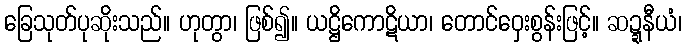
ခြေသုတ်ပုဆိုးသည်။ ဟုတွာ၊ ဖြစ်၍။ ယဋ္ဌိကောဋိယာ၊ တောင်ဝှေးစွန်းဖြင့်။ ဆဍ္ဍနီယံ၊